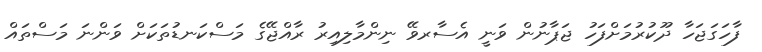
ފާހަގަޖަހާ ދޫކުރުމަށްފަހު ޖަޕާނުން ވަނީ އެސާރވޭ ނިންމާލިއިރު ރާއްޖޭގެ މަސްކަނޑުތަކަށް ވަންނަ މަސްތައް